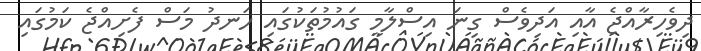
ދިވެހިރާއްޖެ އާއި އަދިވެސް ގިނަ އިސްލާމީ ގައުމުތަކުގައި ހަނދު މަސް ފެށިއްޖެ ކަމުގައި